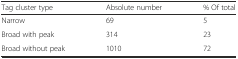
<table><thead><tr><td><b>Tag cluster type</b></td><td><b>Absolute number</b></td><td><b>% Of total</b></td></tr></thead><tbody><tr><td>Narrow</td><td>69</td><td>5</td></tr><tr><td>Broad with peak</td><td>314</td><td>23</td></tr><tr><td>Broad without peak</td><td>1010</td><td>72</td></tr></tbody></table>